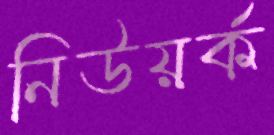
নিউয়র্ক